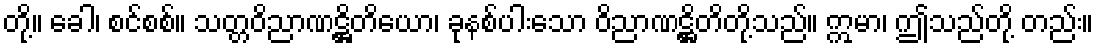
တို့။ ခေါ၊ စင်စစ်။ သတ္တဝိညာဏဋ္ဌိတိယော၊ ခုနစ်ပါးသော ဝိညာဏဋ္ဌိတိတို့သည်။ ဣမာ၊ ဤသည်တို့ တည်း။